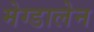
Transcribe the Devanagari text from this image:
मेग्डालेन